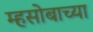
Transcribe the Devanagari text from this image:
म्हसोबाच्या